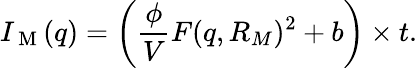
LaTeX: I_{\mathrm{~M~}}(q)=\left(\frac{\phi}{V}F(q,R_{M})^{2}+b\right)\times t.